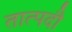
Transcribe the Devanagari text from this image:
तात्पदौ